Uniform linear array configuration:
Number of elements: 64
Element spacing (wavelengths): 0.5
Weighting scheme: uniform
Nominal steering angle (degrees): -45
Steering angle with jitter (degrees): -43.118
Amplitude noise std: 0.05
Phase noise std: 0.05

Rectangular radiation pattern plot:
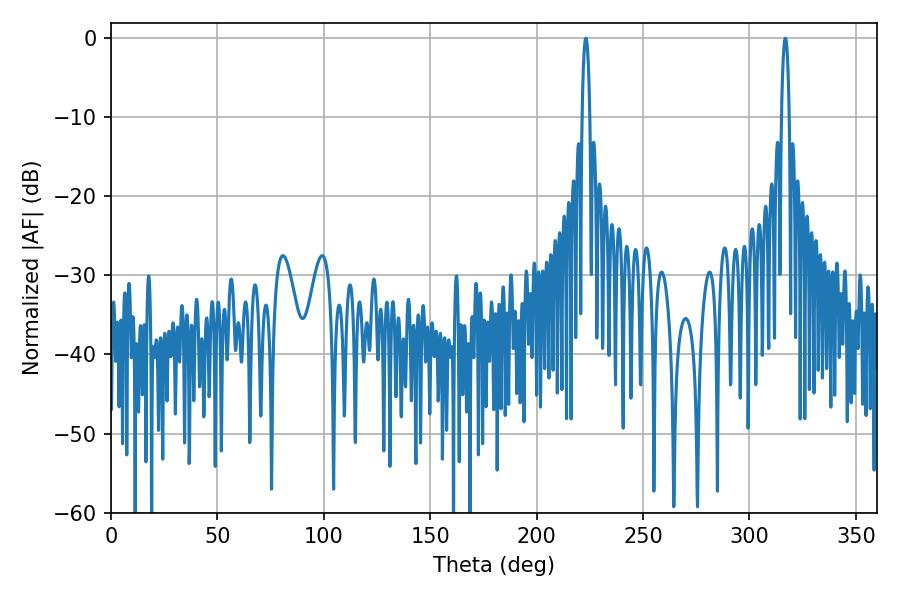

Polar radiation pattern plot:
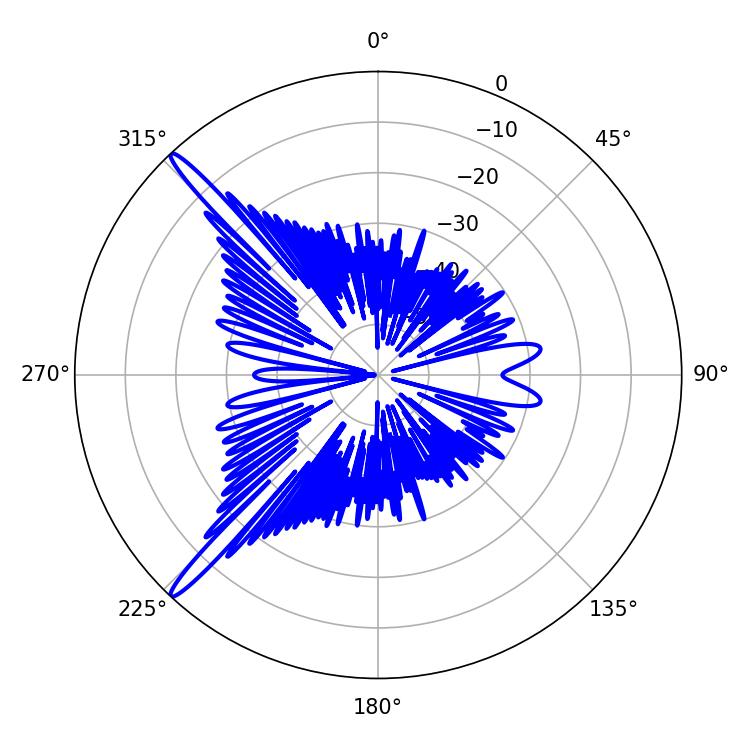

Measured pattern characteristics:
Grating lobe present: FALSE
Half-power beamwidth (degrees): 1.98
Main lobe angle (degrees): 316.8